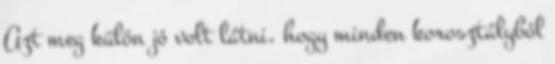
Azt meg külön jó volt látni, hogy minden korosztályból